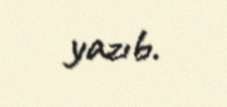
yazıb.